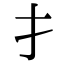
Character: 扌